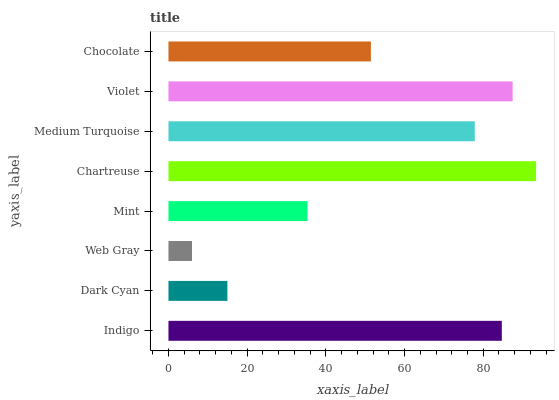
| yaxis_label | bars |
 | --- | --- |
 | Indigo | 84.7 |
 | Dark Cyan | 15 |
 | Web Gray | 5.98 |
 | Mint | 35.3 |
 | Chartreuse | 93.4 |
 | Medium Turquoise | 77.9 |
 | Violet | 87.5 |
 | Chocolate | 51.4 |